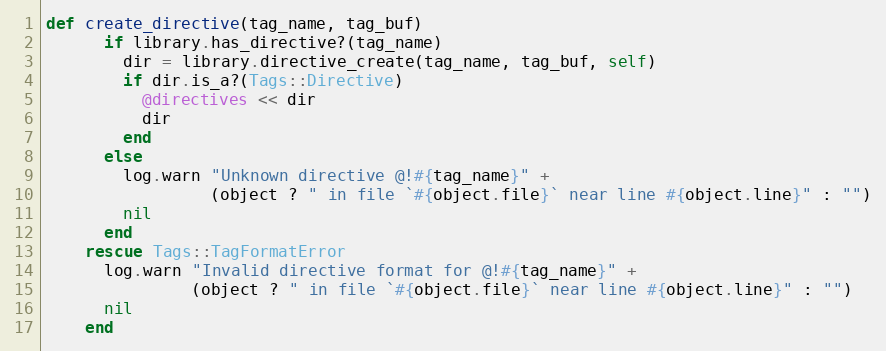
Language: Ruby
def create_directive(tag_name, tag_buf)
      if library.has_directive?(tag_name)
        dir = library.directive_create(tag_name, tag_buf, self)
        if dir.is_a?(Tags::Directive)
          @directives << dir
          dir
        end
      else
        log.warn "Unknown directive @!#{tag_name}" +
                 (object ? " in file `#{object.file}` near line #{object.line}" : "")
        nil
      end
    rescue Tags::TagFormatError
      log.warn "Invalid directive format for @!#{tag_name}" +
               (object ? " in file `#{object.file}` near line #{object.line}" : "")
      nil
    end